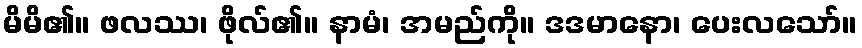
မိမိ၏။ ဖလဿ၊ ဖိုလ်၏။ နာမံ၊ အမည်ကို။ ဒဒမာနော၊ ပေးလသော်။